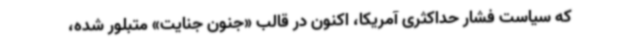
که سیاست فشار حداکثری آمریکا، اکنون در قالب «جنون جنایت» متبلور شده،